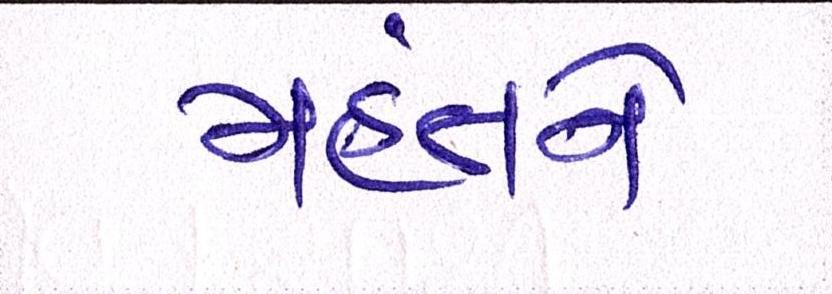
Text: મહંતને